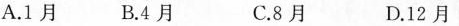
A.1月 B.4月 C.8月 D.12月